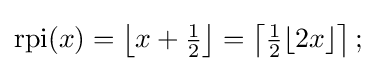
{\text{rpi}}(x)=\left\lfloor x+{\tfrac {1}{2}}\right\rfloor =\left\lceil {\tfrac {1}{2}}\lfloor 2x\rfloor \right\rceil ;